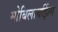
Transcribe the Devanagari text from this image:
मोबिलायझिंग